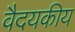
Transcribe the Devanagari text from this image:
वैदयकीय